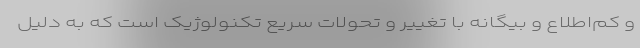
و کم‌اطلاع و بیگانه با تغییر و تحولات سریع تکنولوژیک است که به دلیل